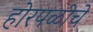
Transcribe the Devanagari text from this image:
होरपळीचे